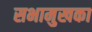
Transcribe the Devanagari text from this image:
सभामुखका